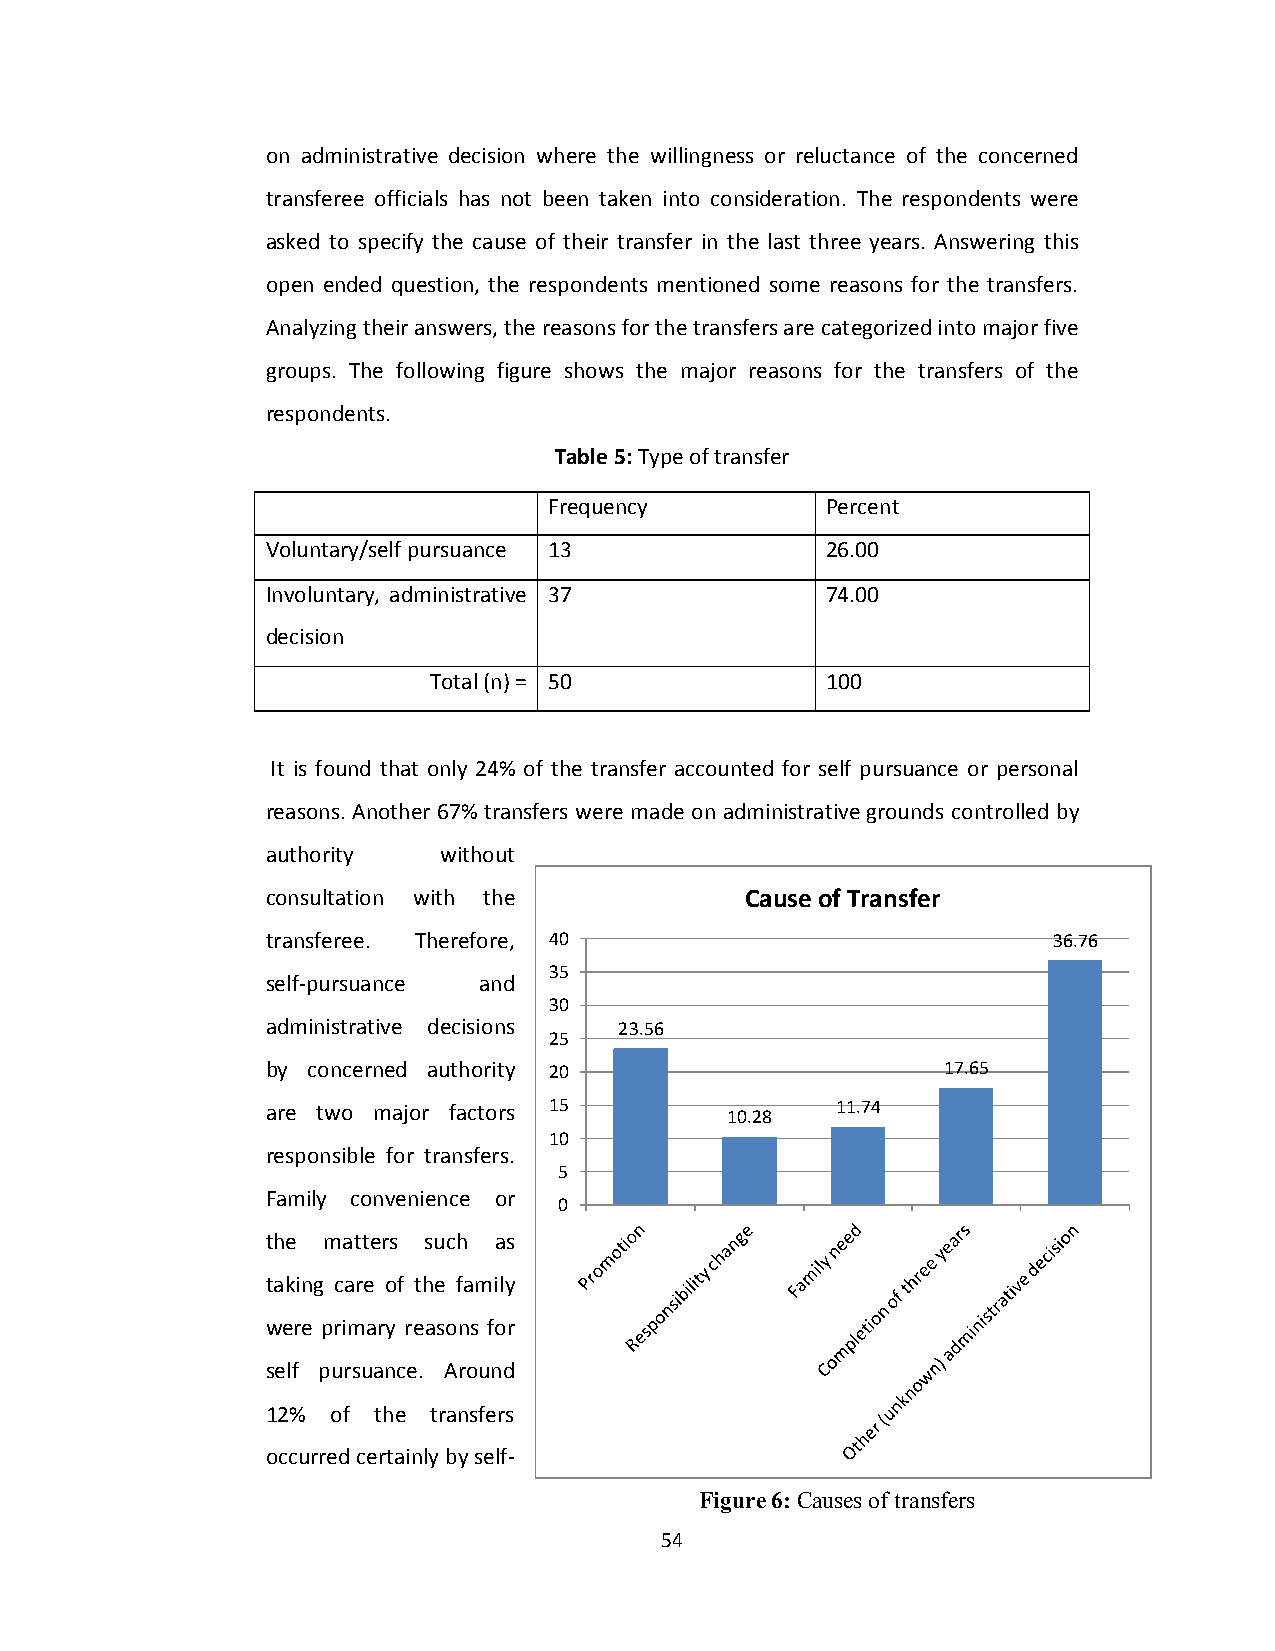
on administrative decision where the willingness or reluctance of the concerned
 transferee officials has not been taken into consideration. The respondents were
 asked to specify the cause of their transfer in the last three years. Answering this
 open ended question, the respondents mentioned some reasons for the transfers.
 Analyzing their answers, the reasons for the transfers are categorized into major five
 groups. The following figure shows the major reasons for the transfers of the
 respondents.
 Table 5: Type of transfer
 Frequency          Percent
 Voluntary/self pursuance 13          26.00
 Involuntary, administrative 37       74.00
 decision
 Total (n) = 50             100
 It is found that only 24% of the transfer accounted for self pursuance or personal
 reasons. Another 67% transfers were made on administrative grounds controlled by
 authority  without
 consultation with the          Cause of Transfer
 transferee. Therefore, 40                           36.76
 35
 self-pursuance and
 30
 administrative decisions 23.56
 25
 by concerned authority 20                    17.65
 are two major factors 15      10.28  11.74
 10
 responsible for transfers.
 5
 Family convenience or
 0
 the matters such as
 taking care of the family
 were primary reasons for
 self pursuance. Around
 12% of the transfers
 occurred certainly by self-
 Figure 6: Causes of transfers
 54